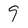
Character: 9